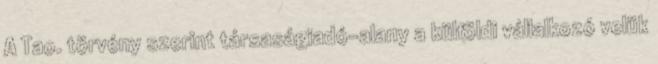
A Tao. törvény szerint társaságiadó-alany a külföldi vállalkozó velük